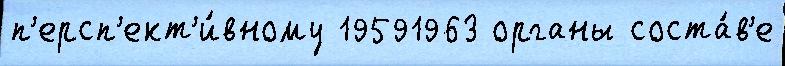
п'ерсп'ект'и́вному 19591963 органы соста́в'е